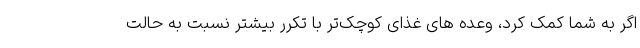
اگر به شما کمک کرد، وعده های غذای کوچک‌تر با تکرر بیشتر نسبت به حالت